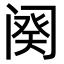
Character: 阕